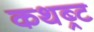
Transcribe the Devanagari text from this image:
कथब्र्ट